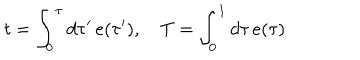
t = \int _ { 0 } ^ { \tau } d \tau ^ { \prime } \, e ( \tau ^ { \prime } ) , \quad T = \int _ { 0 } ^ { 1 } d \tau \, e ( \tau )